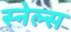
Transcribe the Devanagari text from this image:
स्नेल्स